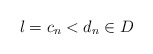
\begin{align*}l=c_n<d_n\in D\end{align*}